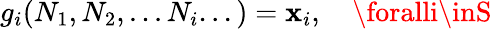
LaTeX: g_{i}(N_{1},N_{2},...N_{i}...)=\mathbf{x}_{i},\quad\foralli\inS